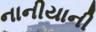
નાનીયાની